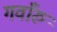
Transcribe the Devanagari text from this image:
गवाँरु